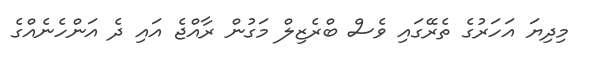
މިދިޔަ އަހަރުގެ ތެރޭގައި ވެސް ބްރެޒިލް މަގުން ރާއްޖެ އައި ދެ އަންހެނެއްގެ